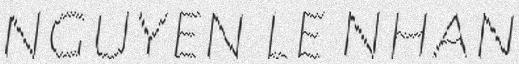
nguyen le nhan